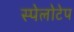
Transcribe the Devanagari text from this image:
स्पेलोटेप